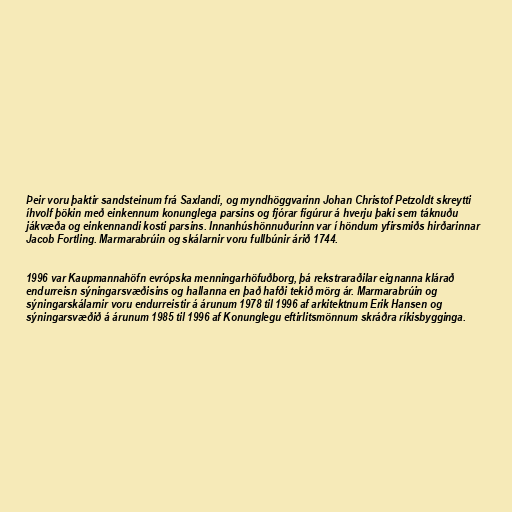
Þeir voru þaktir sandsteinum frá Saxlandi, og myndhöggvarinn Johan Christof Petzoldt skreytti
íhvolf þökin með einkennum konunglega parsins og fjórar fígúrur á hverju þaki sem táknuðu
jákvæða og einkennandi kosti parsins. Innanhúshönnuðurinn var í höndum yfirsmiðs hirðarinnar
Jacob Fortling. Marmarabrúin og skálarnir voru fullbúnir árið 1744.

1996 var Kaupmannahöfn evrópska menningarhöfuðborg, þá rekstraraðilar eignanna klárað
endurreisn sýningarsvæðisins og hallanna en það hafði tekið mörg ár. Marmarabrúin og
sýningarskálarnir voru endurreistir á árunum 1978 til 1996 af arkitektnum Erik Hansen og
sýningarsvæðið á árunum 1985 til 1996 af Konunglegu eftirlitsmönnum skráðra ríkisbygginga.